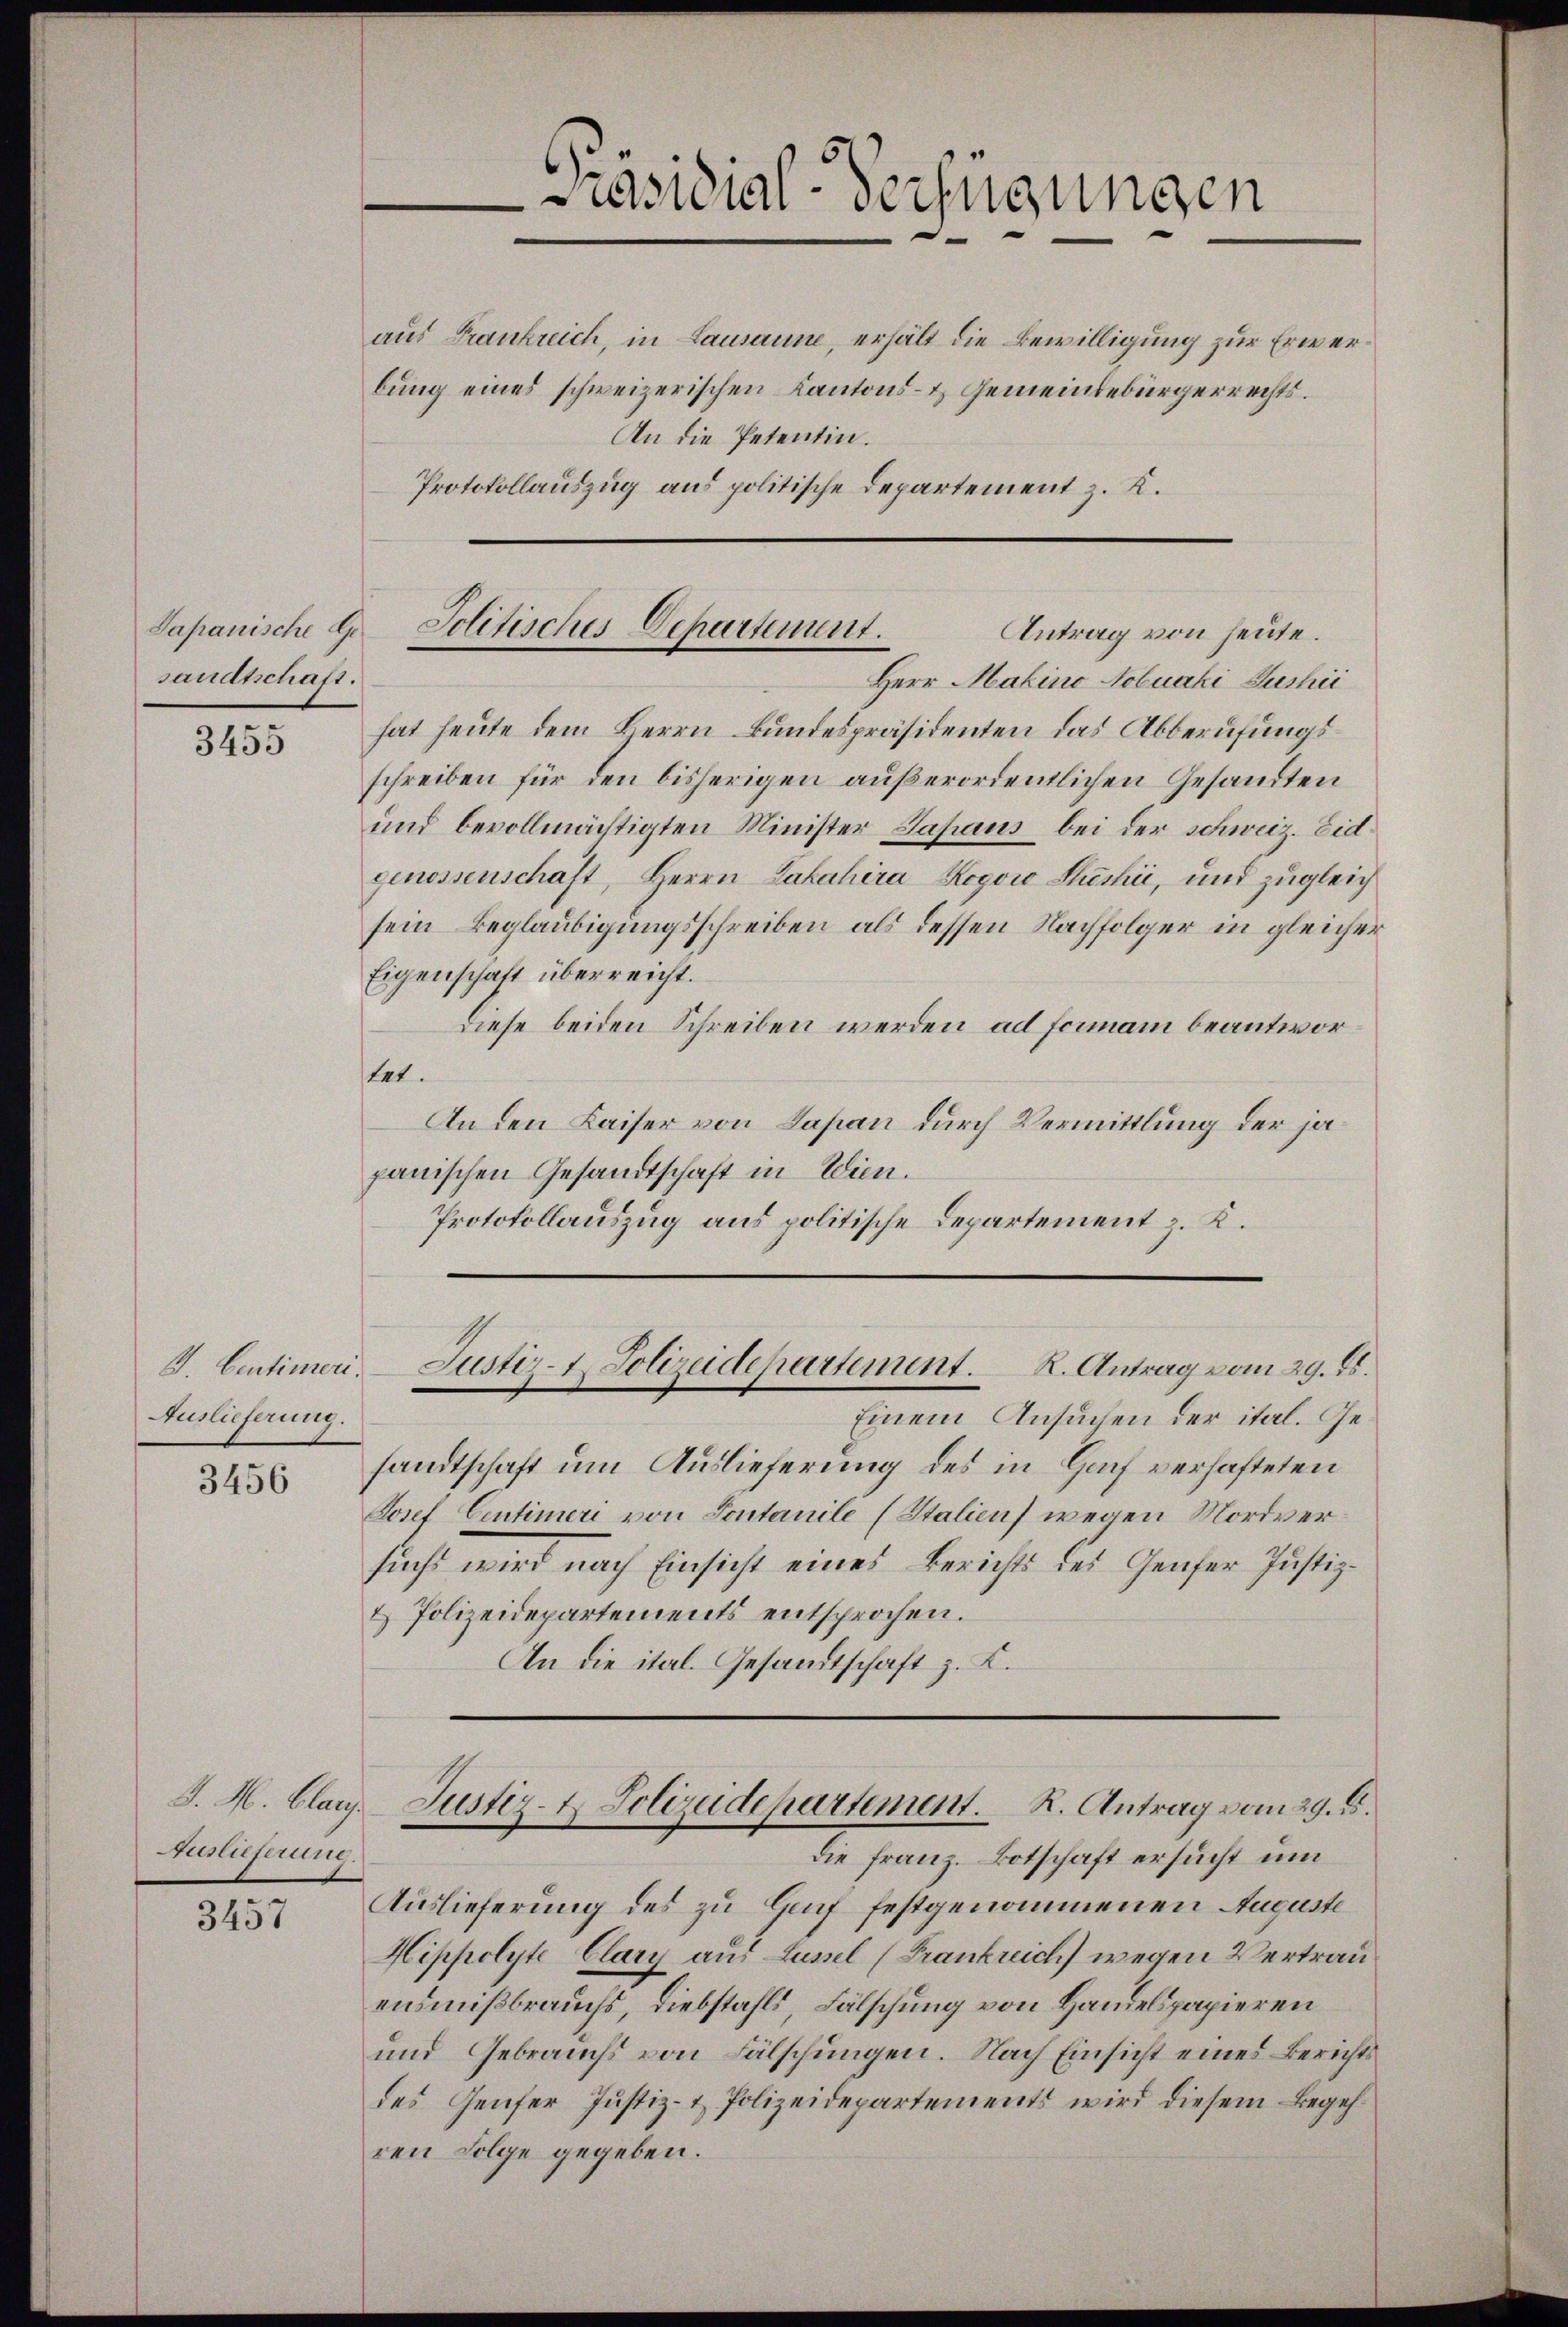
Japanische Gesandtschaft.

3455

G. Centimeri
Auslieferung.
3456

J. M. Blan
Auslieferung.

3457

bung eines schweizerischen Kantons- & Gemeindebürgerrechts.
An die Petentin.
Protokollauszug aus politische Departement z. K.

räsidial-Verfügungen

aus Frankreich, in Lausanne, erhält die Bewilligung zur Erwer¬

Jolitisches Departement.
Antrag von heute.

Herr Malino Nobuaki Aushii
hat heute dem Herrn Bundespräsidenten das Abberufungsschreiben für den bisherigen außerordentlichen Gesandten
und bevollmächtigten Minister Lapaus bei der schweiz. Eid
genossenschaft, Herrn Lahahira Rogoi Sheshii, und zugleich
sein Beglaubigungsschreiben als dessen Nachfolger in gleicher
Eigenschaft überreicht.
Diese beiden Schreiben werden ad formann beantwortat.
An den Kaiser von Japan durch Vermittlung der ja
panischen Gesandtschaft in Wien.
Protokollauszug aus politische Departement z. K.

Justiz- Polizeidepartement. K. Antrag vom 29. 15.

Einem Ansuchen der ital. Gesandtschaft um Auslieferung des in Hauf verhafteten
Josef Centimeri von Sontanile (Stalien) wegen Mordversucht wird nach Einsicht eines Berichts des Genfer Justiz-
& Polizeidepartements entsprochen.
An die ital. Gesamtschaft z. K.

Justiz- & Polizeidepartement. K. Antrag vom 29. d.
die Franz. Botschaft ersucht um

Auslieferung des zu Hanf festgenommenen Auguste
Hippolyte Clary aus Lussel (Frankreich wegen Vertrau
endmißbrauchs, Diebstahls Fälschung von Handelspapieren
und Gebrauchs von Fälschungen. Nach Einsicht eines Berichts
des Genfer Justiz- & Polizeidepartements wird diesem Begehren Folge gegeben.